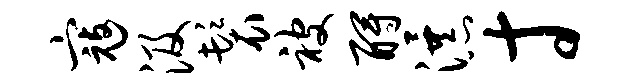
寇汲鬟被酹瀑寸